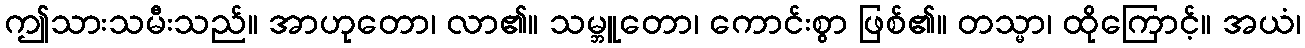
ဤသားသမီးသည်။ အာဟုတော၊ လာ၏။ သမ္ဘူတော၊ ကောင်းစွာ ဖြစ်၏။ တသ္မာ၊ ထိုကြောင့်။ အယံ၊